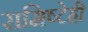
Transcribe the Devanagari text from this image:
रामिष्टेही